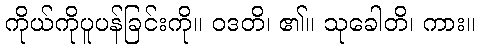
ကိုယ်ကိုပူပန်ခြင်းကို။ ဝဒတိ၊ ၏။ သုခေါတိ၊ ကား။